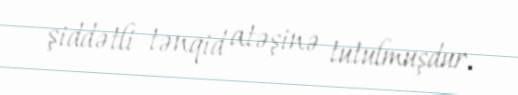
şiddətli tənqid atəşinə tutulmuşdur.